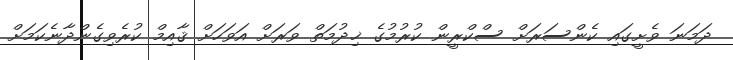
ދަމަނަ ވެށީގައި ކެންސަރަށް ސްކްރީން ކުރުމުގެ ޚިދުމަތް ވަރަށް އަވަހަށް ޤާއިމް ކުރެވިގެންދާނެކަމަށް